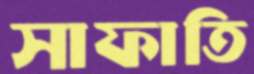
সাফাতি